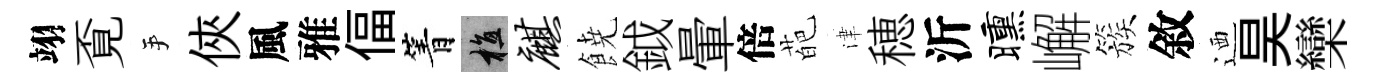
翊覔手俠風雅偪箐植麒𩜙鉞暈倍葩津穂沂曛嶰簇敘迺昊欒